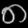
Digit: ၈